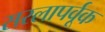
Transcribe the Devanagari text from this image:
सरलापर्वूक